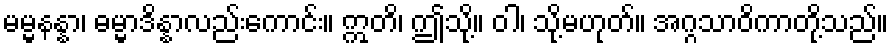
မမ္မနန္နာ၊ ဓမ္မာဒိန္နာလည်းကောင်း။ ဣတိ၊ ဤသို့။ ဝါ၊ သို့မဟုတ်။ အဂ္ဂသာဝိကာတို့သည်။